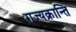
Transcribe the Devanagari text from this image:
राज्यक्रान्ति